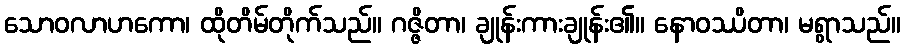
သောဝလာဟကော၊ ထိုတိမ်တိုက်သည်။ ဂဇ္ဇိတာ၊ ချုန်းကားချုန်း၏။ နောဝဿိတာ၊ မရွာသည်။